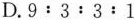
D.9:3:3:1